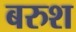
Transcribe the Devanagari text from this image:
बरुश